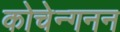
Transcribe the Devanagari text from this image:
कोचेन्गनन